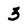
Character: 3